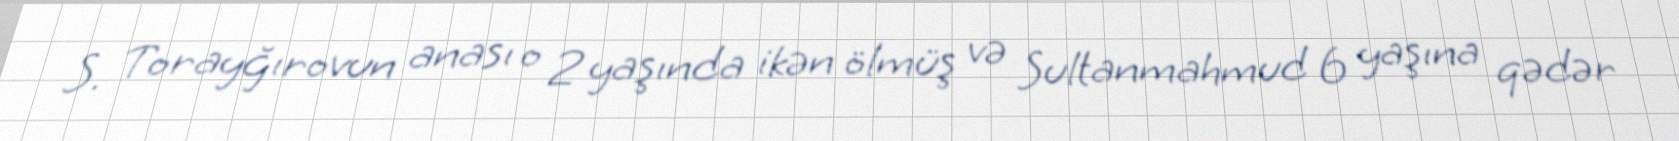
S. Torayğırovun anası o 2 yaşında ikən ölmüş və Sultanmahmud 6 yaşına qədər